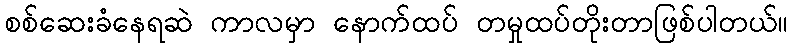
စစ်ဆေးခံနေရဆဲ ကာလမှာ နောက်ထပ် တမှုထပ်တိုးတာဖြစ်ပါတယ်။